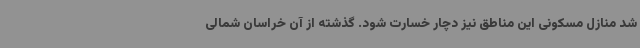
شد منازل مسکونی این مناطق نیز دچار خسارت شود. گذشته از آن خراسان شمالی